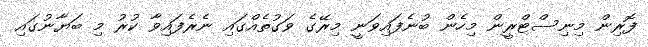
ފޮރިން މިނިސްޓްރީން މިހެން ބުނެފައިވަނީ މިރޭގެ ވަގުތެއްގައި ނެރެފައިވާ ކުރު މި ބަޔާނުގައި